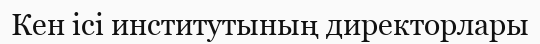
Кен iсi институтының директорлары